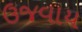
ઉજવાય